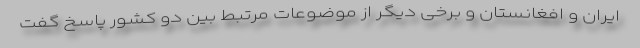
ایران و افغانستان و برخی دیگر از موضوعات مرتبط بین دو کشور پاسخ گفت